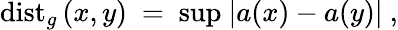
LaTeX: \mathrm{dist}_{g}\left(x,y\right)\ =\ \mathrm{sup}\ |a(x)-a(y)|\ ,